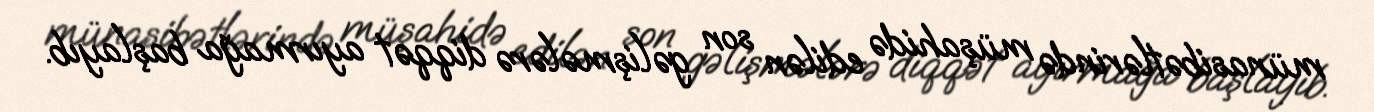
münasibətlərində müşahidə edilən son gəlişmələrə diqqət ayırmağa başlayıb.